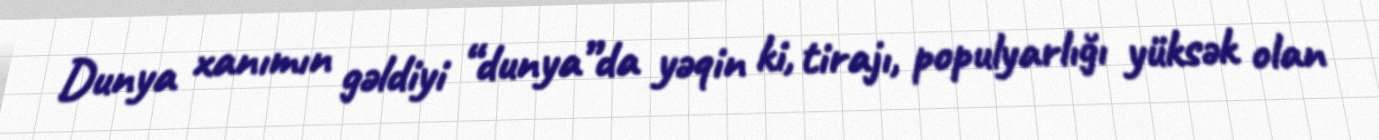
Dunya xanımın gəldiyi “dunya”da yəqin ki, tirajı, populyarlığı yüksək olan